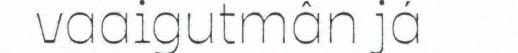
vaaigutmân já